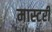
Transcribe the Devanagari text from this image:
मास्‍टरी